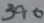
Text: 390